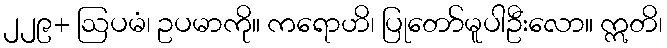
၂၂၉+ ဩပမံ၊ ဥပမာကို။ ကရောဟိ၊ ပြုတော်မူပါဦးလော။ ဣတိ၊